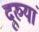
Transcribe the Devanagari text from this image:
दूरुयां